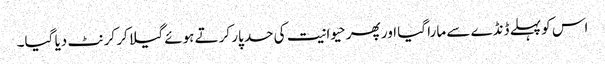
اس کو پہلے ڈنڈے سے مارا گیا اور پھر حیوانیت کی حد پار کرتے ہوئے گیلا کر کرنٹ دیا گیا۔